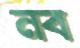
নব